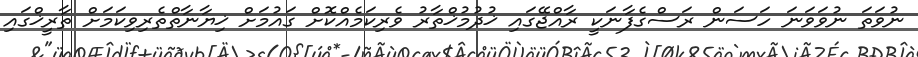
ނުވަތަ ނުވަވަނަ ހަސަން ރަސްގެފާނަކީ ރާއްޖޭގައި ޚުދުމުޚްތާރު ވެރިކަމެއްކޮށް ގައުމަށް ޚިޔާނާތްތެރިވިކަމަށް ތާރީޚްގައި